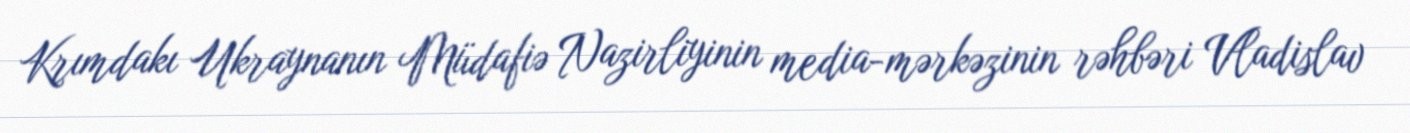
Krımdakı Ukraynanın Müdafiə Nazirliyinin media-mərkəzinin rəhbəri Vladislav